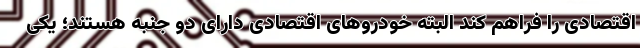
اقتصادی را فراهم کند البته خودروهای اقتصادی دارای دو جنبه هستند؛ یکی